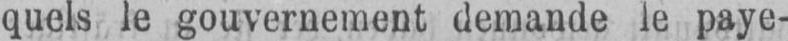
quels le gouvernement demande le paye-